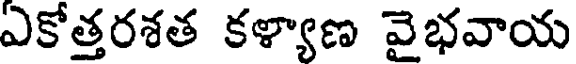
ఎకోత్తరశత కళ్యాణ వైభవాయ